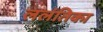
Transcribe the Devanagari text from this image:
ललंतिका